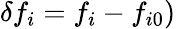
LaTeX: \delta f_{i}=f_{i}-f_{i0})